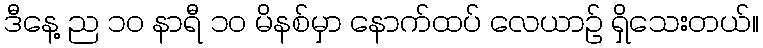
ဒီနေ့ ည ၁၀ နာရီ ၁၀ မိနစ်မှာ နောက်ထပ် လေယာဉ် ရှိသေးတယ်။